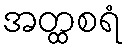
အတ္ထစရံ